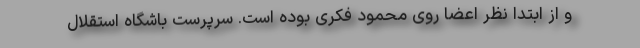
و از ابتدا نظر اعضا روی محمود فکری بوده است. سرپرست باشگاه استقلال